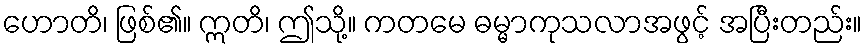
ဟောတိ၊ ဖြစ်၏။ ဣတိ၊ ဤသို့။ ကတမေ ဓမ္မာကုသလာအဖွင့် အပြီးတည်း။